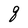
Character: q